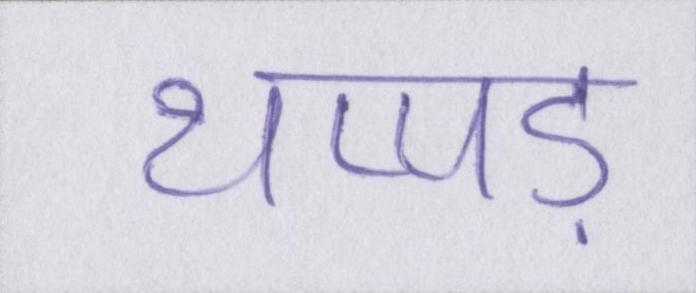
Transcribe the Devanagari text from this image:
थप्पड़